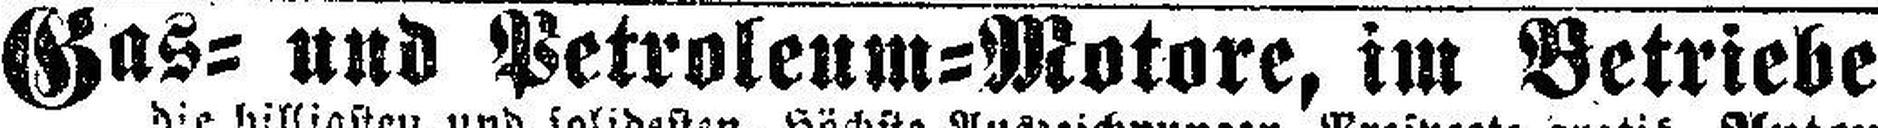
Gas= und Petroleum=Motore, im Betriebe